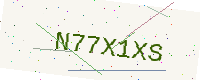
Text: N77X1XS